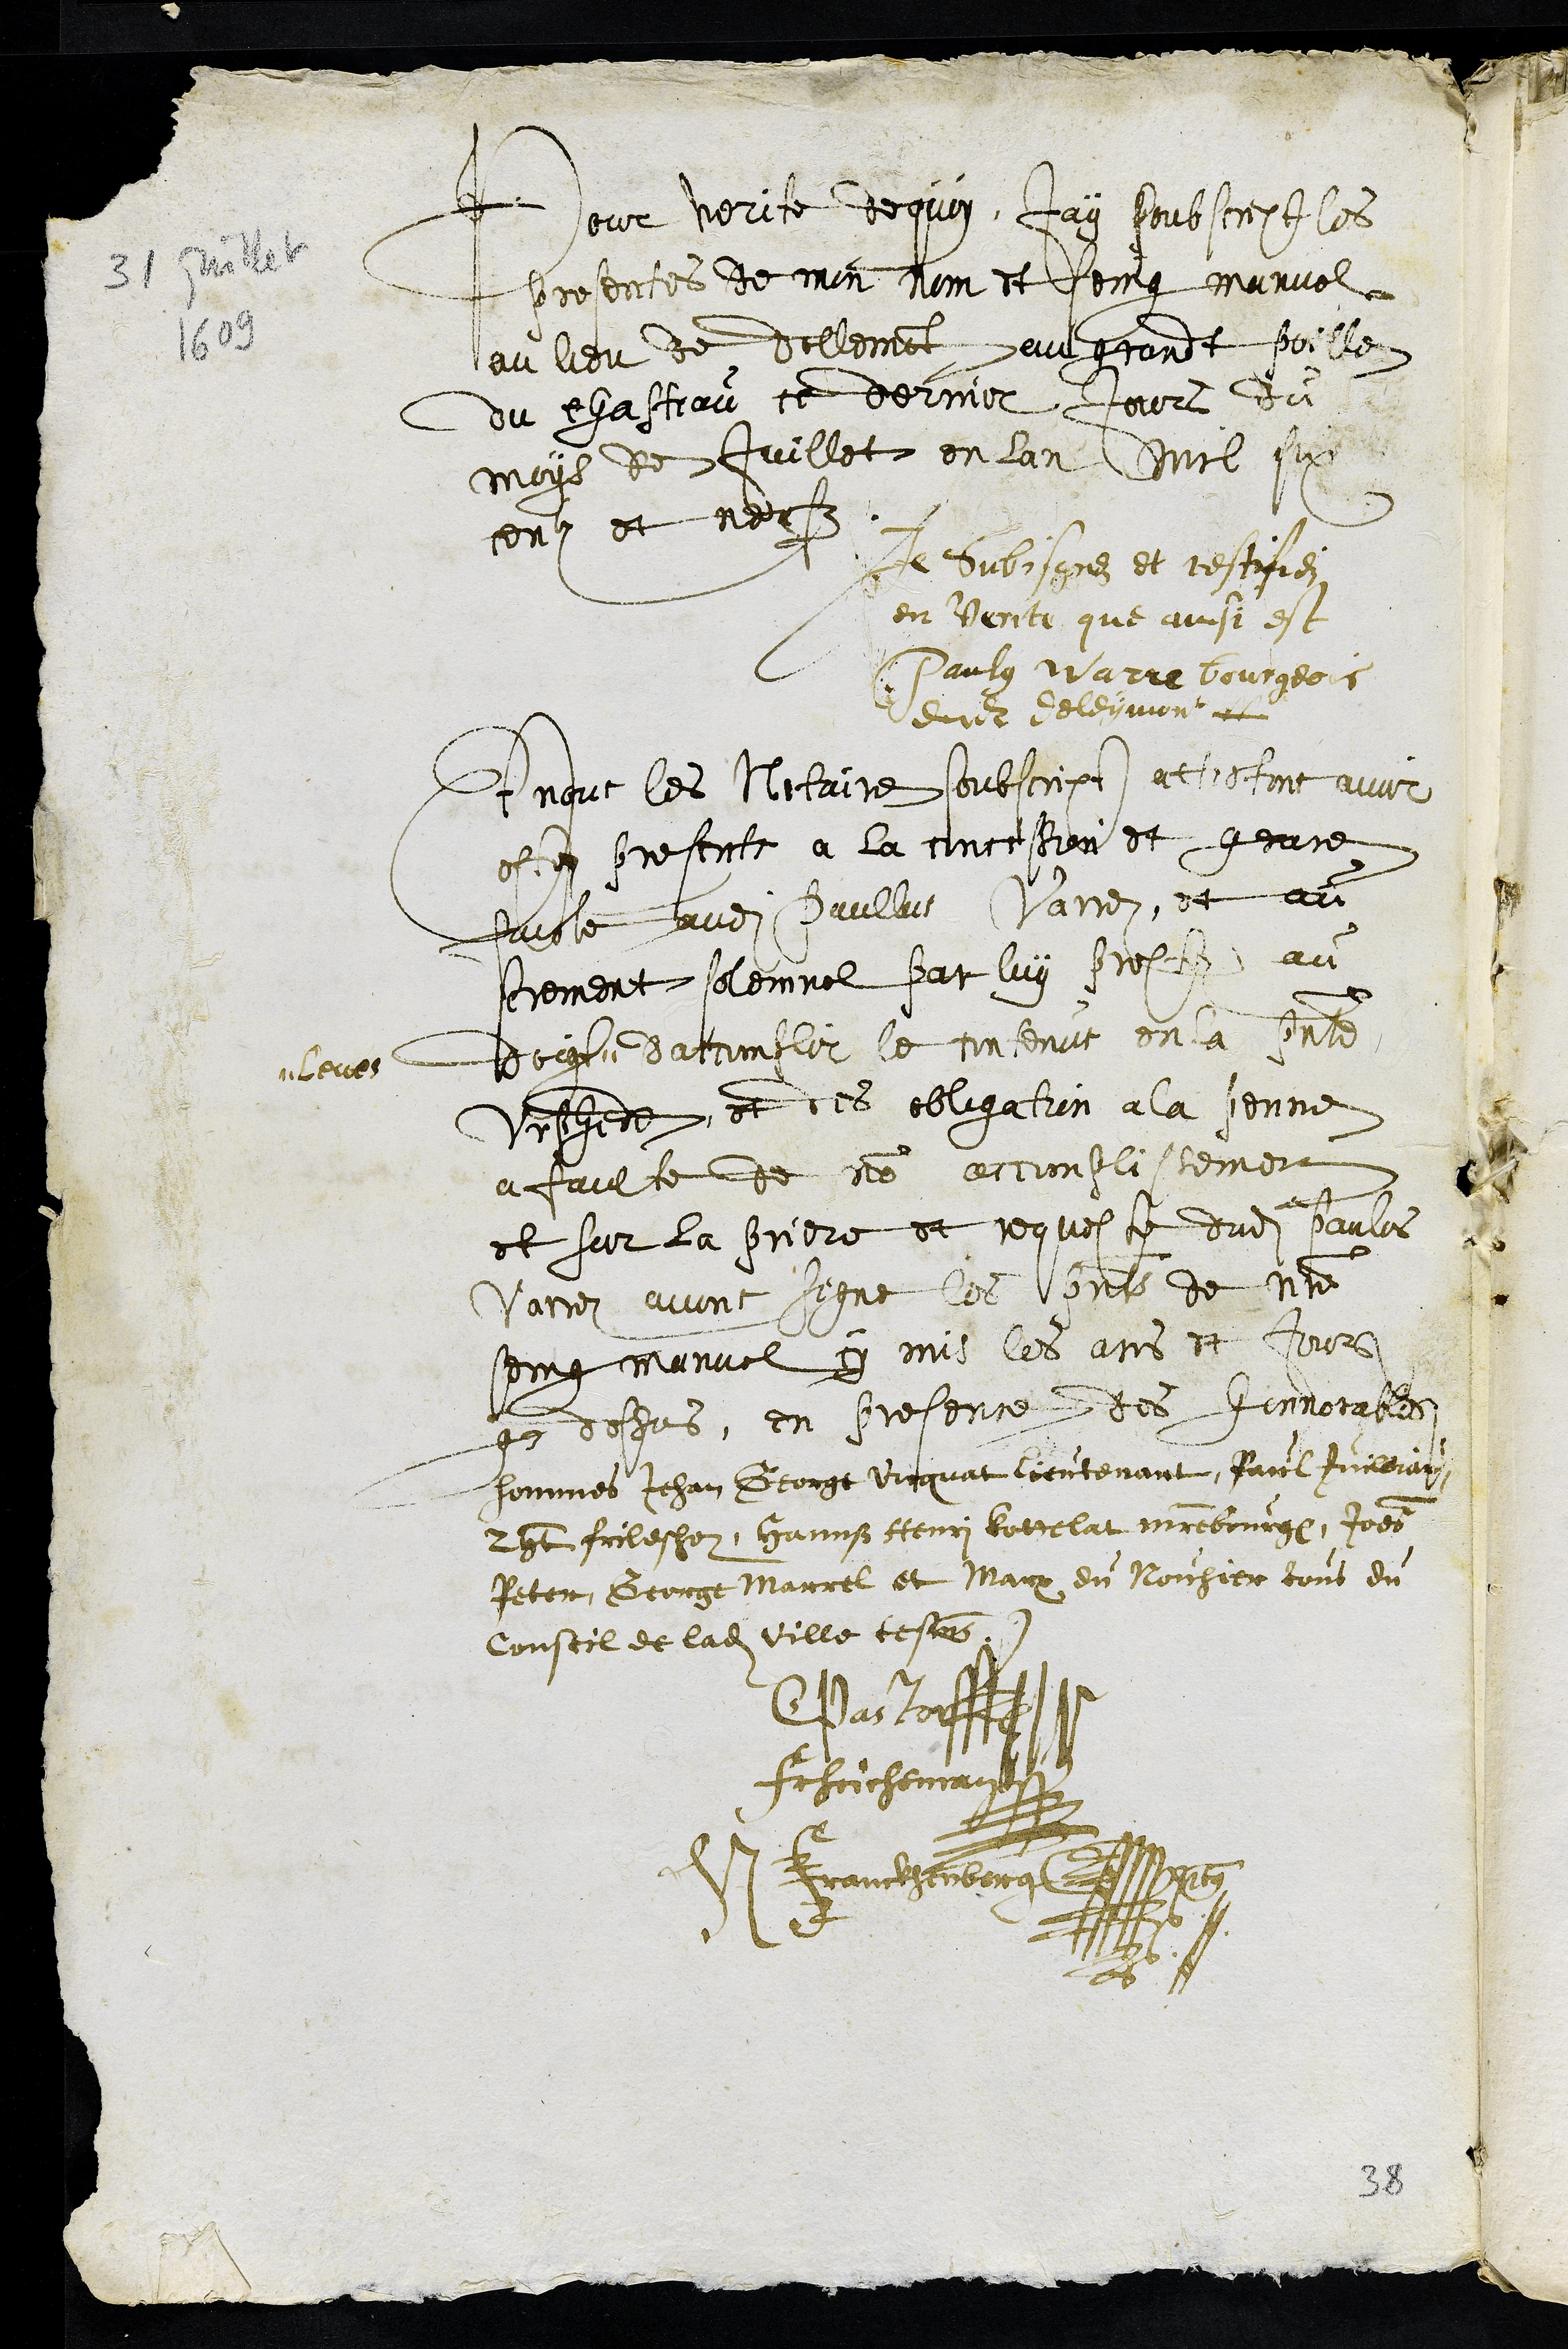
31 juillet
1609
Pour verite de quoy Jay soubscript les
presentes de mon nom et seing manuel
au lieu de dellemont au grandt poille
du chasteau ce dernier Jours du
moys de Juillet en lan mil six
centz et neuf
Je subisgne et testifie
en verite que ainsi est
Paulus Warre bourgeois
dudit deleymont
Et nous les Notaire soubscript attestons avoir
este presents a la concession et grace
faicte audit Paullus Varrez, et au
serement solemnel par luy prestez au
doigt
leves
daccomblir le contenus en la presente
Urphede et des obligation a la penne
a faulte de non accomplissement
et sur la priere et requeste dudit paulus
Varrez avons signe les presentes de notre
seing manuel cy mis les ans et jours
que dessus, en presence des honnorables
hommes Jehan George Vicquat lieutenant, Paul Juilliard
Zgt frileschoz, Hannss Henri Kottelat maistre bourgeois, Johannes
Peter, George Marrel et Marx du Nouhier tous du
Conseil de ladite ville tesmoins
CPastor
FrHeicheman
H Franckhenberg
38